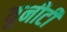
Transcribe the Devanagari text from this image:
युनीटी